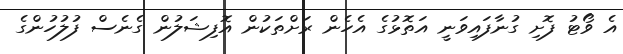
އެ ވޯޓު ފޮށި ގުނާފައިވަނީ އަތޮޅުގެ އެހެން ރަށްތަކުން އޮފިޝަލުން ގެނެސް ފުލުހުންގެ